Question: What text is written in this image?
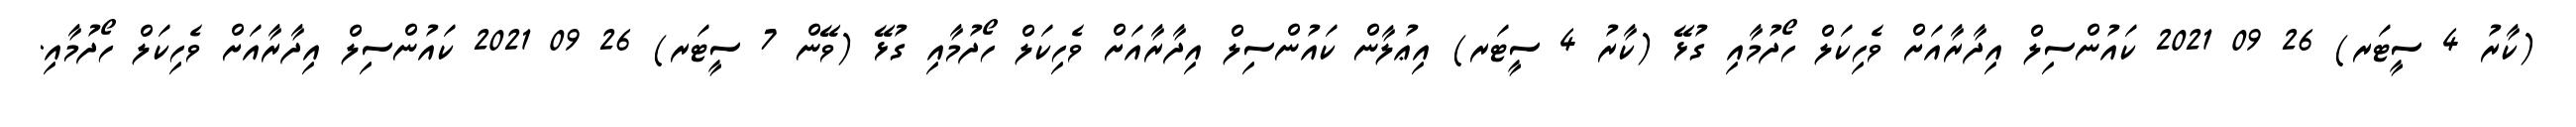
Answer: (ކާރު 4 ސީޓަރ) 26 09 2021 ކައުންސިލް އިދާރާއަށް ވެހިކަލް ހޯދުމާއި ގުޅޭ (ކާރު 4 ސީޓަރ) އިޢުލާން ކައުންސިލް އިދާރާއަށް ވެހިކަލް ހޯދުމާއި ގުޅޭ (ވޭން 7 ސީޓަރ) 26 09 2021 ކައުންސިލް އިދާރާއަށް ވެހިކަލް ހޯދުމާއި.